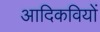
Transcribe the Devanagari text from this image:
आदिकवियों